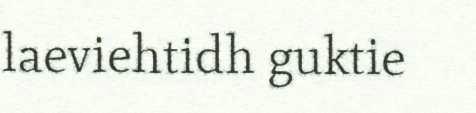
laeviehtidh guktie